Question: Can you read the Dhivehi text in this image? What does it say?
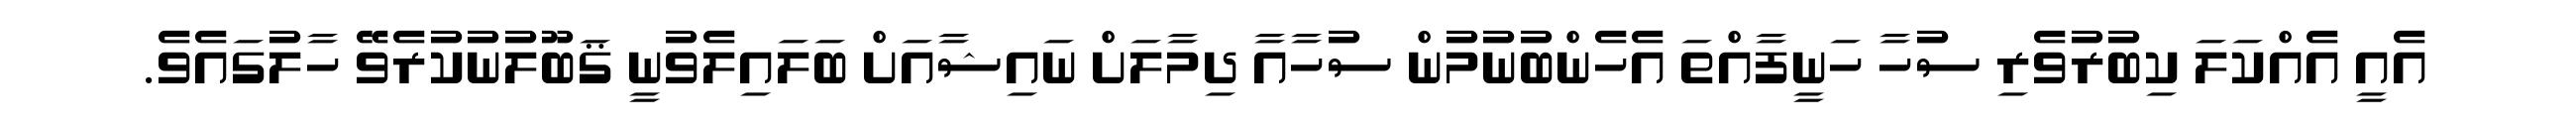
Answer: އެއީ އެއްކަލަ ކިބުރުވެރި ސުހާ ހަނީފާއްތަ އެހެންބުނުމުން ސުހާއާ ދިމާލަށް ނައިޝާއަށް ބަލައިލެވުނީ ޤަބޫލުނުކުރެވޭ ހާލުގައެވެ.